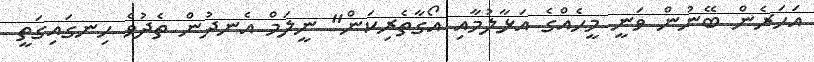
އަހަރެން ބޭނުން ވަނީ މީހެއްގެ އަޅާލުމާއި އޯގާތެރިކަން" ނީލަމް އެނދުން ތެދުވެ ހިނގައިގަތީ